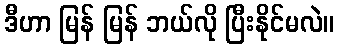
ဒီဟာ မြန် မြန် ဘယ်လို ပြီးနိုင်မလဲ။